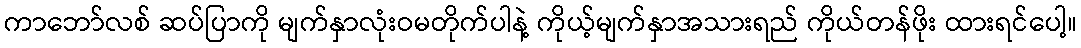
ကာဘော်လစ် ဆပ်ပြာကို မျက်နှာလုံးဝမတိုက်ပါနဲ့ ကိုယ့်မျက်နှာအသားရည် ကိုယ်တန်ဖိုး ထားရင်ပေါ့။